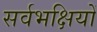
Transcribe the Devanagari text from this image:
सर्वभक्षियों